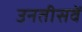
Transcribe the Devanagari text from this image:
उनतीसवें